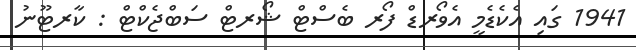
1941 ގައި އެކެޑެމީ އެވޯރޑް ފޯރ ބެސްޓް ޝޯރޓް ސަބްޖެކްޓް : ކާރޓޫނު